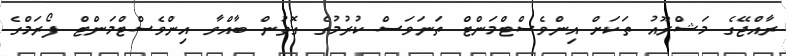
ރާއްޖޭގެ މަޝްރޫއު ތަކަށް އިންވެސްޓްމަންޓް ތަނަވަސް ކުރުމުގެ ގޮތުން ބާއްވާ އިންވެސްޓްމަންޓް ފޯރަމްގެ